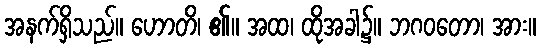
အနက်ရှိသည်။ ဟောတိ၊ ၏။ အထ၊ ထိုအခါ၌။ ဘဂဝတော၊ အား။